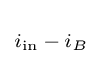
\scriptstyle i_{\text{in}}\,-\,i_{B}